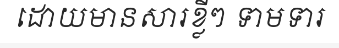
ដោយមានសារខ្លីៗ ទាមទារ